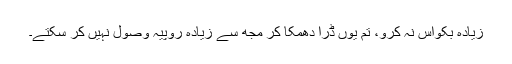
زیادہ بکواس نہ کرو، تم یوں ڈرا دھمکا کر مجھ سے زیادہ روپیہ وصول نہیں کر سکتے۔